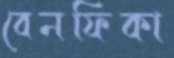
বেনফিকা